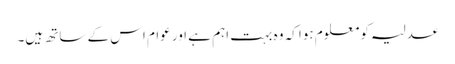
عدلیہ کو معلوم ہوا کہ وہ بہت اہم ہے اور عوام اس کے ساتھ ہیں۔